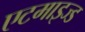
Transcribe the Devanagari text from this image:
एटमाइज्ड